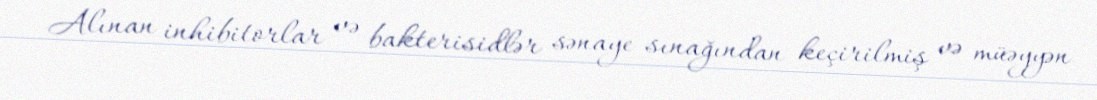
Alınan inhibitorlar və bakterisidlər sənaye sınağından keçirilmiş və müəyyən